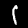
Label: 1